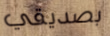
بصديقي